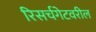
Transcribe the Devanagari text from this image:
रिसर्चगेटवरील